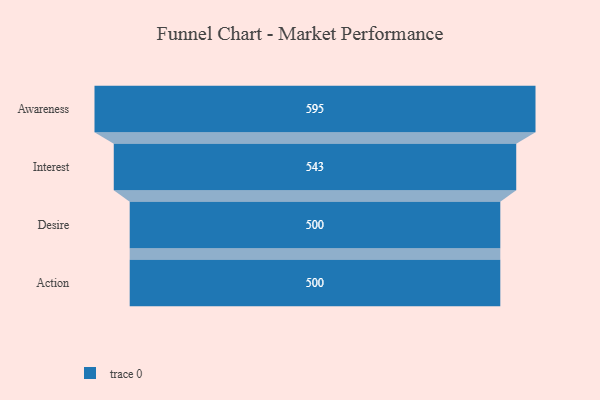
{"axis": {"x": "Stage", "y": "Value"}, "legend": [""], "data": [{"x": "Awareness", "y": 595.0, "type": ""}, {"x": "Interest", "y": 543.0, "type": ""}, {"x": "Desire", "y": 500, "type": ""}, {"x": "Action", "y": 500, "type": ""}]}